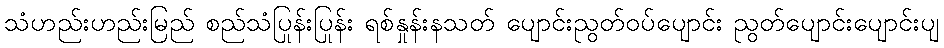
သံဟည်းဟည်းမြည် စည်သံပြုန်းပြုန်း ရစ်နှုန်းနသတ် ပျောင်းညွတ်ဝပ်ပျောင်း ညွတ်ပျောင်းပျောင်းပျ